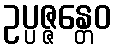
ဥပ္ပဇ္ဇန္တေဝ